Indian journal of veterinary science and animal husbandry - Volume 14,
Year: 1944
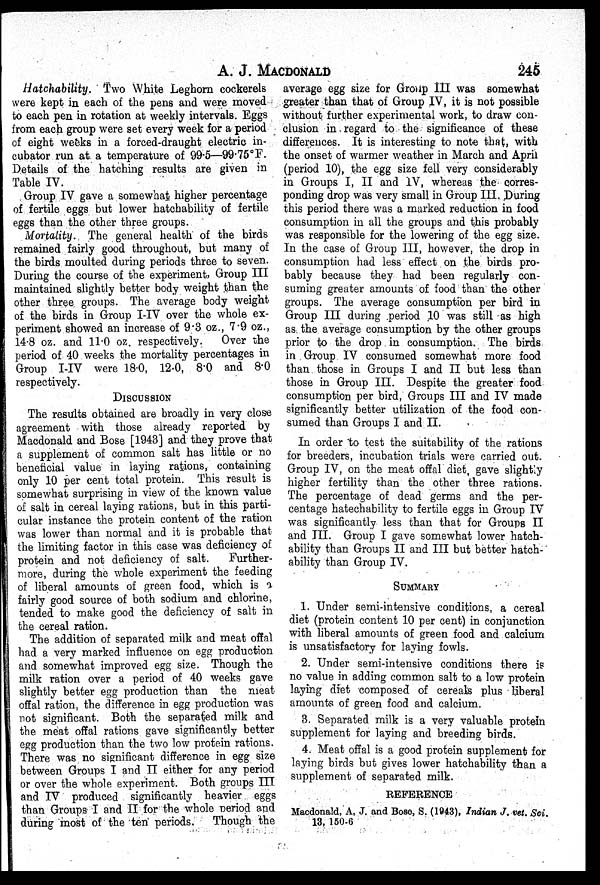
A. J.
MACDONALD
245
Hatchability.
Two White Leghorn cockerels
were kept in each of the pens and were moved
to each pen in rotation at weekly intervals. Eggs
from each group were set every week for a period
of eight weeks in a forced-draught electric in-
cubator run at a temperature of 99.5—99.75°F.
Details of the hatching results are given in
Table IV.
Group IV gave a somewhat higher percentage
of fertile eggs but lower hatchability of fertile
eggs than the other three groups.
Mortality. The general health of the birds
remained fairly good throughout, but many of
the birds moulted during periods three to seven.
During the course of the experiment, Group III
maintained slightly better body weight than the
other three groups. The average body weight
of the birds in Group I-IV over the whole ex-
periment showed an increase of 9.3 oz., 7.9 oz.,
14.8 oz. and 11.0 oz. respectively.
Over the
period of 40 weeks the mortality percentages in
Group I-IV were 18.0, 12.0, 8.0 and 8.0
respectively.
DISCUSSION
The results obtained are broadly in very close
agreement with those already reported by
Macdonald and Bose [1943] and they prove that
a supplement of common salt has little or no
beneficial value in laying rations, containing
only 10 per cent total protein. This result is
somewhat surprising in view of the known value
of salt in cereal laying rations, but in this parti-
cular instance the protein content of the ration
was lower than normal and it is probable that
the limiting factor in this case was deficiency of
protein and not deficiency of salt.
Further-
more, during the whole experiment the feeding
of liberal amounts of green food, which is a
fairly good source of both sodium and chlorine,
tended to make good the deficiency of salt in
the cereal ration.
The addition of separated milk and meat offal
had a very marked influence on egg production
and somewhat improved egg size. Though the
milk ration over a period of 40 weeks gave
slightly better egg production than the meat
offal ration, the difference in egg production was
not significant. Both the separated milk and
the meat offal rations gave significantly better
egg production than the two low protein rations.
There was no significant difference in egg size
between Groups I and II either for any period
or over the whole experiment. Both groups III
and IV produced significantly heavier eggs
than Groups I and II for the whole period and
during most of the ten periods.
Though the
average egg size for Group III was somewhat
greater than that of Group IV, it is not possible
without further experimental work, to draw con-
clusion in regard to the significance of these
differences. It is interesting to note that, with
the onset of warmer weather in March and April
(period 10), the egg size fell very considerably
in Groups I, II and IV, whereas the corres-
ponding drop was very small in Group III. During
this period there was a marked reduction in food
consumption in all the groups and this probably
was responsible for the lowering of the egg size.
In the case of Group III, however, the drop in
consumption had less effect on the birds pro-
bably because they had been regularly con-
suming greater amounts of food than the other
groups. The average consumption per bird in
Group III during period 10 was still as high
as the average consumption by the other groups
prior to the drop in consumption. The birds
in Group IV consumed somewhat more food
than those in Groups I and II but less than
those in Group III. Despite the greater food
consumption per bird, Groups III and IV made
significantly better utilization of the food con-
sumed than Groups I and II.
In order to test the suitability of the rations
for breeders, incubation trials were carried out.
Group IV, on the meat offal diet, gave slightly
higher fertility than the other three rations.
The percentage of dead germs and the per-
centage hatechability to fertile eggs in Group IV
was significantly less than that for Groups II
and III. Group I gave somewhat lower hatch-
ability than Groups II and III but better hatch-
ability than Group IV.
SUMMARY
1. Under semi-intensive conditions, a cereal
diet (protein content 10 per cent) in conjunction
with liberal amounts of green food and calcium
is unsatisfactory for laying fowls.
2. Under semi-intensive conditions there is
no value in adding common salt to a low protein
laying diet composed of cereals plus liberal
amounts of green food and calcium.
3. Separated milk is a very valuable protein
supplement for laying and breeding birds.
4. Meat offal is a good protein supplement for
laying birds but gives lower hatchability than a
supplement of separated milk.
REFERENCE
Macdonald, A, J. and Bose, S. (1943), Indian J. vet. Sci
13, 150-6